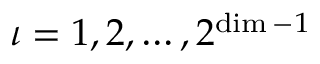
\iota = 1 , 2 , \ldots , 2 ^ { \dim - 1 }